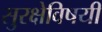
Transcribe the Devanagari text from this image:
सुरक्षेविषयी